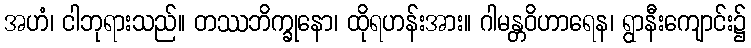
အဟံ၊ ငါဘုရားသည်။ တဿဘိက္ခုနော၊ ထိုရဟန်းအား။ ဂါမန္တဝိဟာရေန၊ ရွာနီးကျောင်း၌